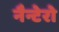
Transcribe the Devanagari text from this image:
नैन्टेरो